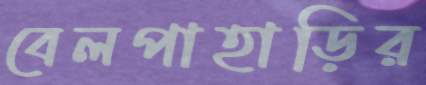
বেলপাহাড়ির